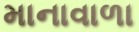
માનાવાળા